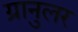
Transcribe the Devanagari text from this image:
ग्रानुलर